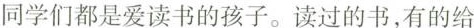
同学们都是爱读书的孩子。读过的书，有的给